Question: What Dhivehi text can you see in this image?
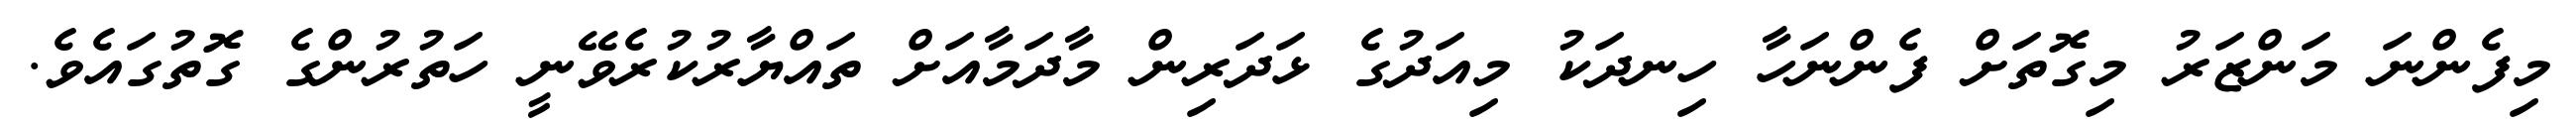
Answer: މިފެންނަ މަންޒަރު މިގޮތަށް ފެންނަހާ ހިނދަކު މިއަދުގެ ޅަދަރިން މާދަމާއަށް ތައްޔާރުކުރެވޭނީ ހަތުރުންގެ ގޮތުގައެވެ.